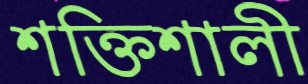
শক্তিশালী